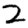
Digit: 2